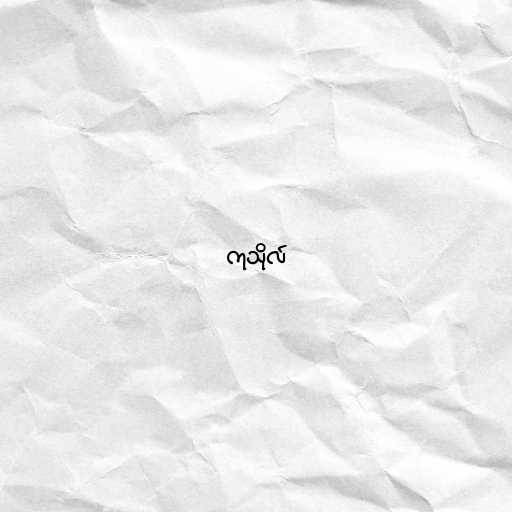
ကုသိုလ်